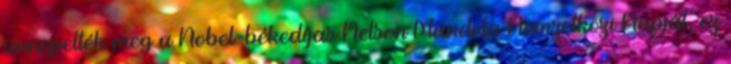
ünnepelték meg a Nobel-békedíjas Nelson Mandela Nemzetközi Napját, ez